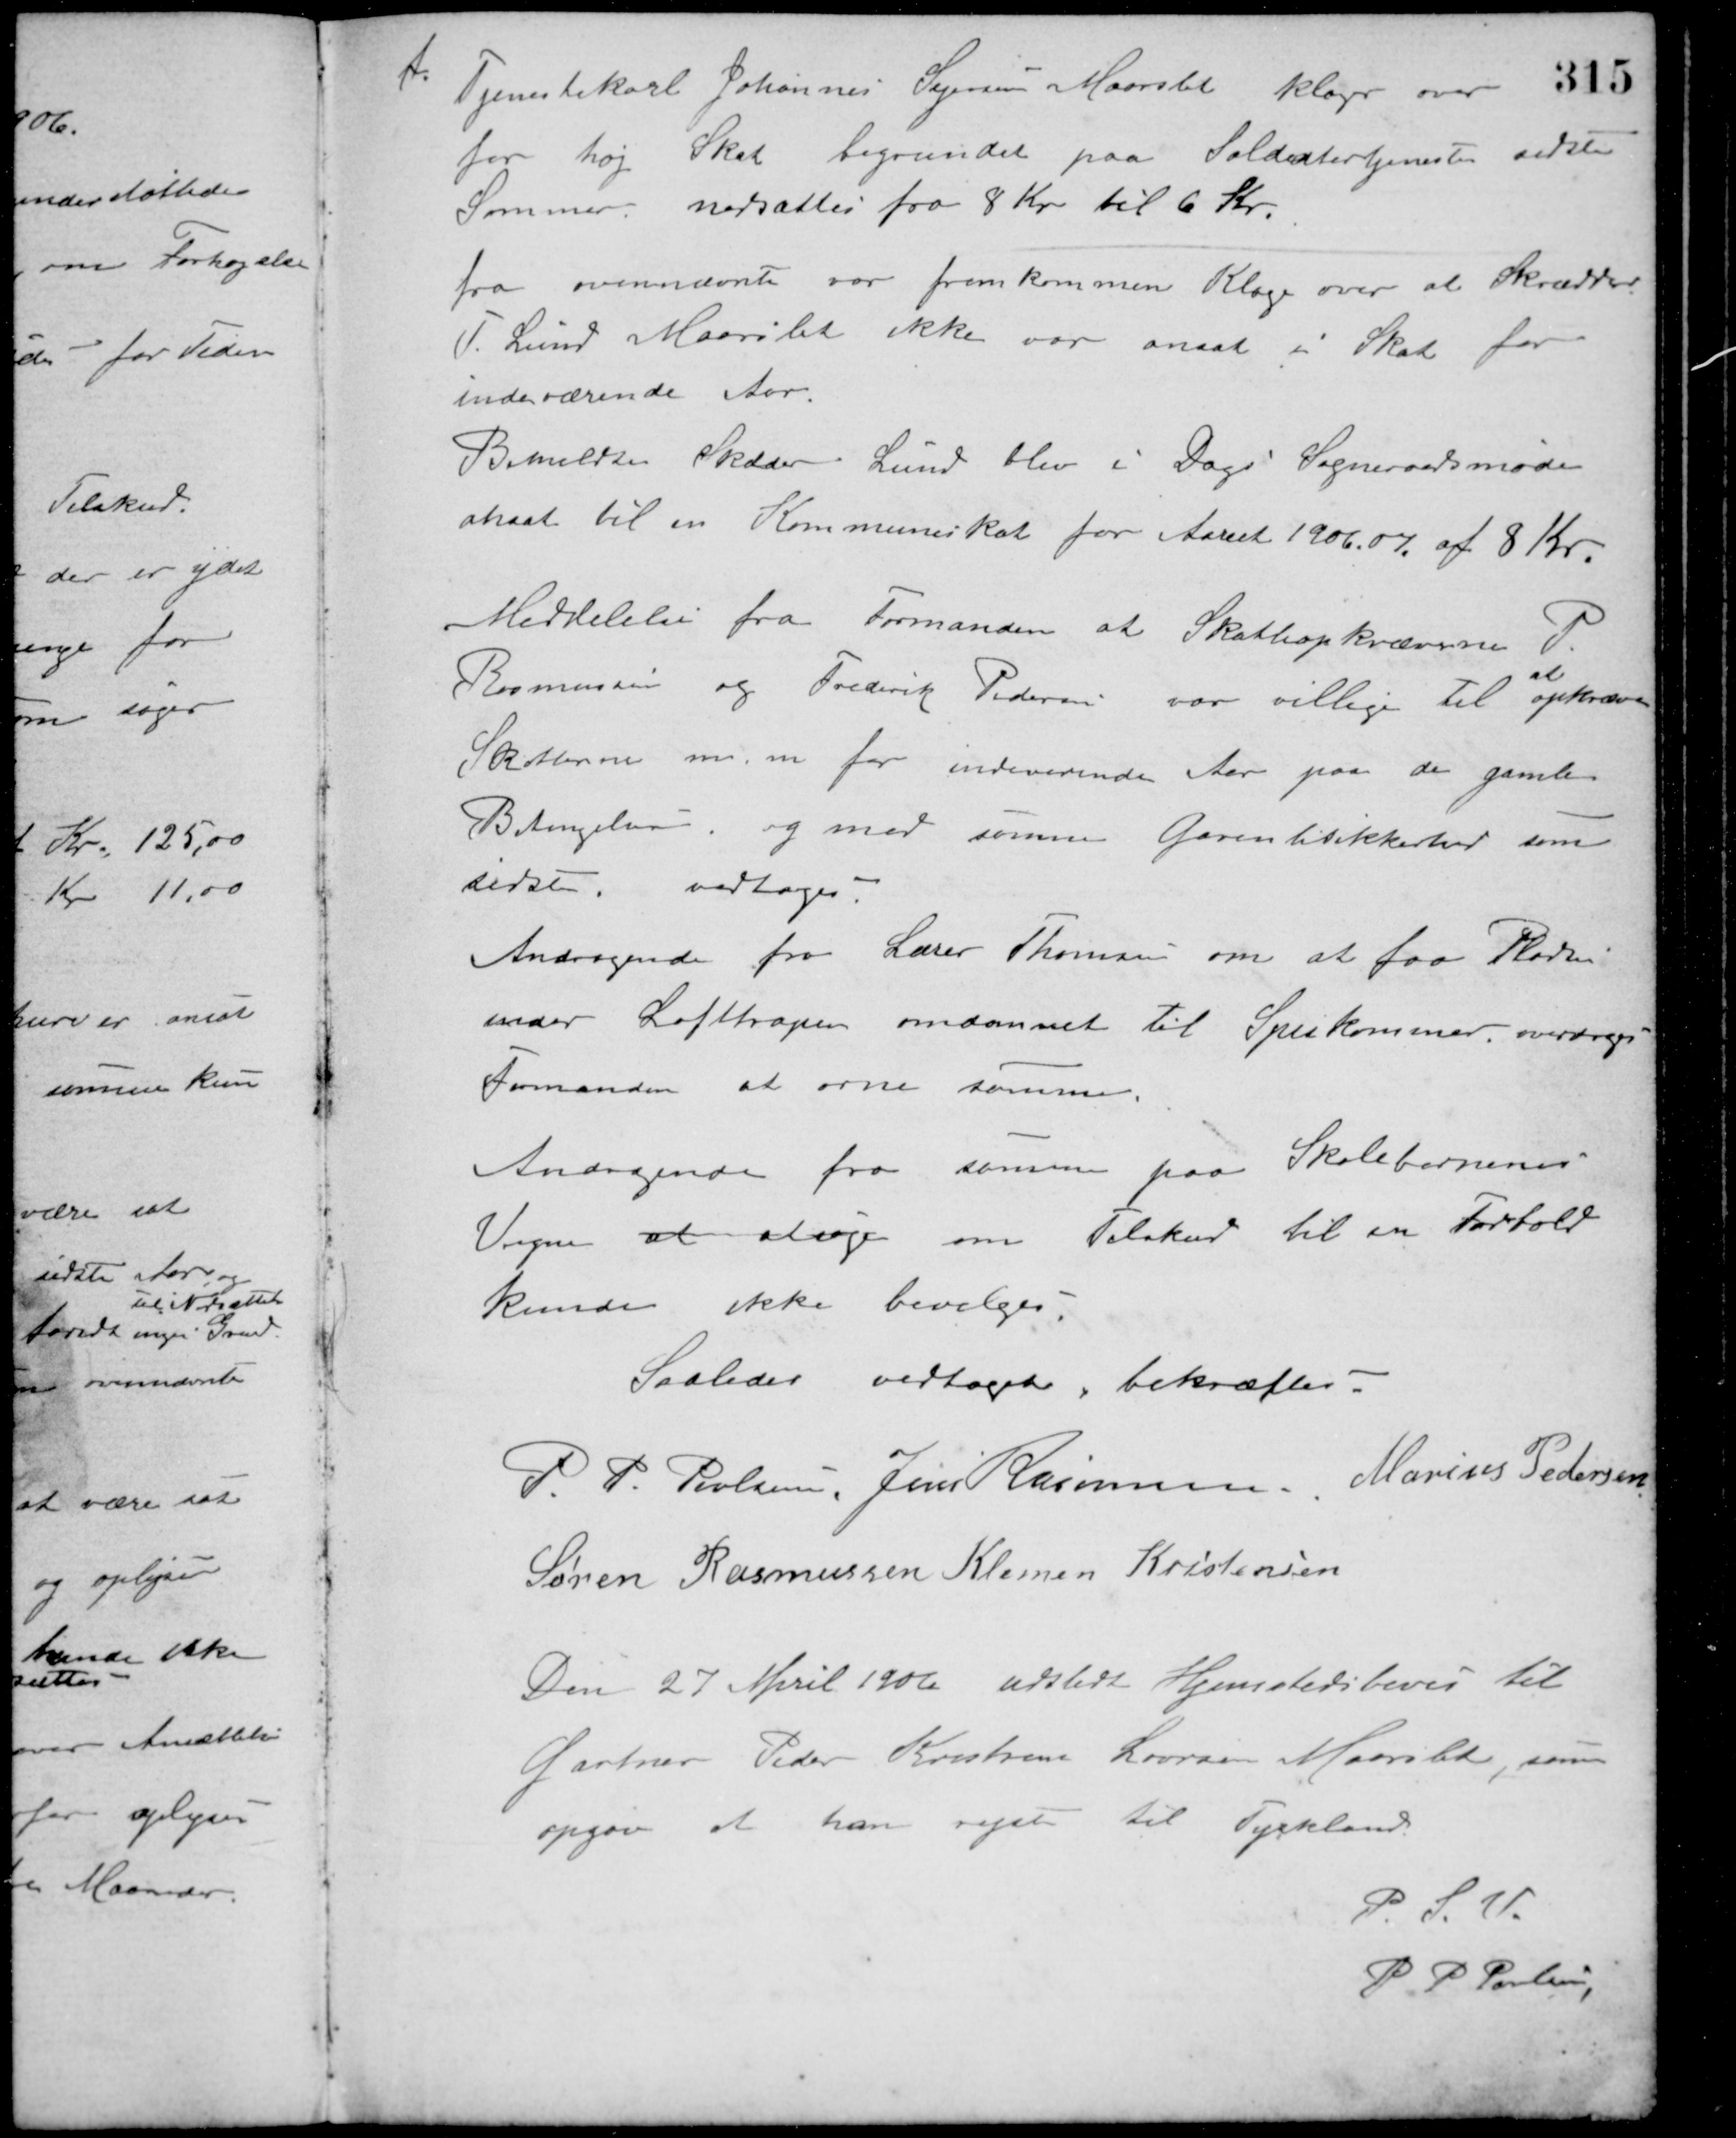
Transskription:
f. Tjenestekarl Johannes Sejersen Maarslet klager over
for høj Skat begrundet paa Soldatertjeneste sidste
Sommer nedsattes fra 8 Kr. til 6 Kr.
fra ovennævnte var fremkommen Klage over at Skrædder
P. Lund Maarslet ikke var ansat i Skat for
indeværende Aar.
Bemeldte Skrædder Lund blev i Dags Sogneraadsmøde
ansat til en Kommuneskat for Aaret 1906-07 af 8 Kr.
Meddelelse fra Formanden at Skatteopkræverne P.
Rasmussen og Frederik Pedersen var villige til
at
Opkræve
Skatterne m. m. for indeværende Aar paa de gamle
Betingelser, og med samme Garantisikkerhed som
sidste. vedtoges.
Andragende fra Lærer Thomsen om at faa Pladsen
under Lofttrapen omdannet til Spisekammer, overdroges
Formanden at orne samme.
Andragende fra samme paa Skolebørnenes
Vegne at søge om Tilskud til en Fodbold
kunde ikke bevilges.
Saaledes vedtaget, bekræftes.
P. P. Poulsen Jens Rasmussen Marius Pedersen
Søren Rasmussen Klemen Kristensen
Den 27 April 1906 udstedt Hjemstedsbevis til
Gartner Peder Kristian Laursen Maarslet, som
opgav at han rejste til Tyskland.
P. S. V.
P. P. Petersen